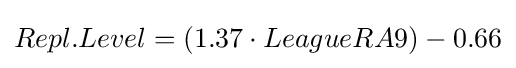
Repl.Level=(1.37\cdot LeagueRA9)-0.66